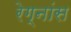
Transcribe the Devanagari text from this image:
रेग्नांस